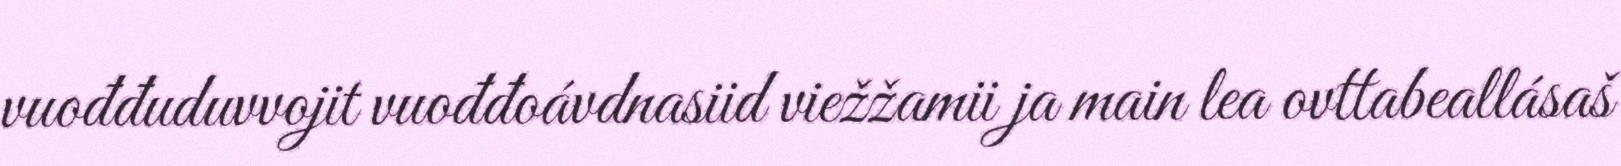
vuođđuduvvojit vuođđoávdnasiid viežžamii ja main lea ovttabeallásaš